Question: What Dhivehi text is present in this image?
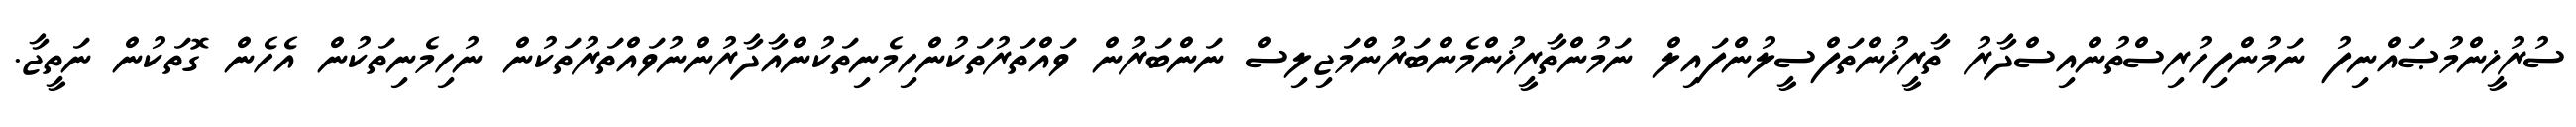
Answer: ސުރުޚީންމުޞައްނިފު ނަމުންފިހުރިސްތުންއިސްދާރު ތާރީޚުންތަފްސީލުންފައިލް ނަމުންތާރީޚުންމެންބަރުންމަޖިލިސް ނަންބަރުން ވައްތަރުތަކުންހިމެނިތަކުންއާދާރުންނުވައްތަރުތަކުން ނުހިމެނިތަކުން އެހެން ގޮތަކުން ނަތީޖާ.